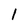
Character: 1